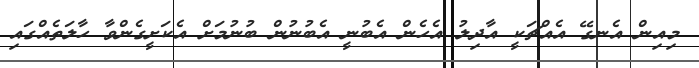
މިއިން އެނގޭ އެއްޗަކީ އާދިލު އެހެން އެބުނީ އެބުނުން ބުނުމަށް އެކަށީގެންވާ ހާލަތެއްގައި